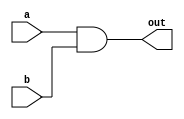
/* 
    https://hdlbits.01xz.net/wiki/Andgate
*/

module top_module( 
    input a, 
    input b, 
    output out );
    assign out = a & b;
endmodule